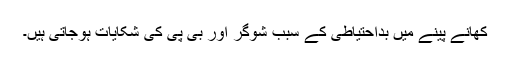
کھانے پینے میں بداحتیاطی کے سبب شوگر اور بی پی کی شکایات ہوجاتی ہیں۔